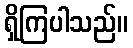
ရှိကြပါသည်။